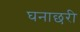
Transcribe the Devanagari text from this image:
घनाछरी